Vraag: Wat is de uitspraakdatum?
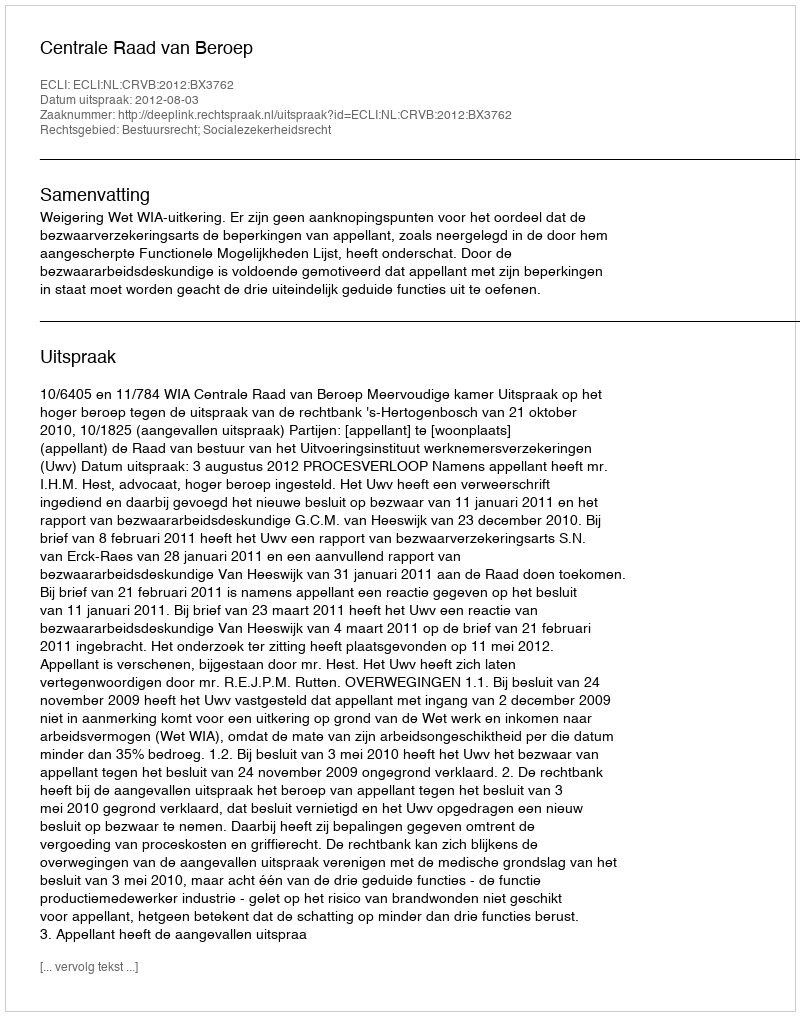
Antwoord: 2012-08-03